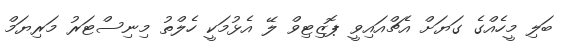
ބަލި މީހެއްގެ ގަޔަށް އެޗްއައިވީ ޕޮޒިޓިވް ލޭ އެޅުމަކީ ހެލްތު މިނިސްޓަރު މަރިޔަމް